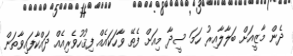
ދެން މާޒީއަށް ބަލާލާއިރު ހަމަ ސީދާ މިއަށް ފެތޭ ވާހަކައެއް ފިޤުހުވެރިއެއް ދައްކާފައިވާތަން